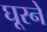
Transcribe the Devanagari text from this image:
घूरने